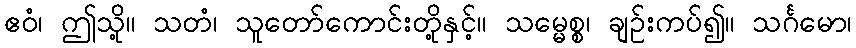
ဧဝံ၊ ဤသို့။ သတံ၊ သူတော်ကောင်းတို့နှင့်။ သမ္မေစ္စ၊ ချဉ်းကပ်၍။ သင်္ဂမော၊